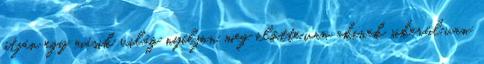
útján egy másik világ nyíljon meg előtte.van akinek sikerül,van